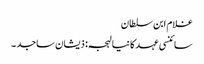
غلام ابن سلطان
سائنسی عہد کا نیا لہجہ: ذیشان ساجد ۔